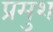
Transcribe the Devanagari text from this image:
प्रमुश